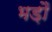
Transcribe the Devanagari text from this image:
भड़ौ